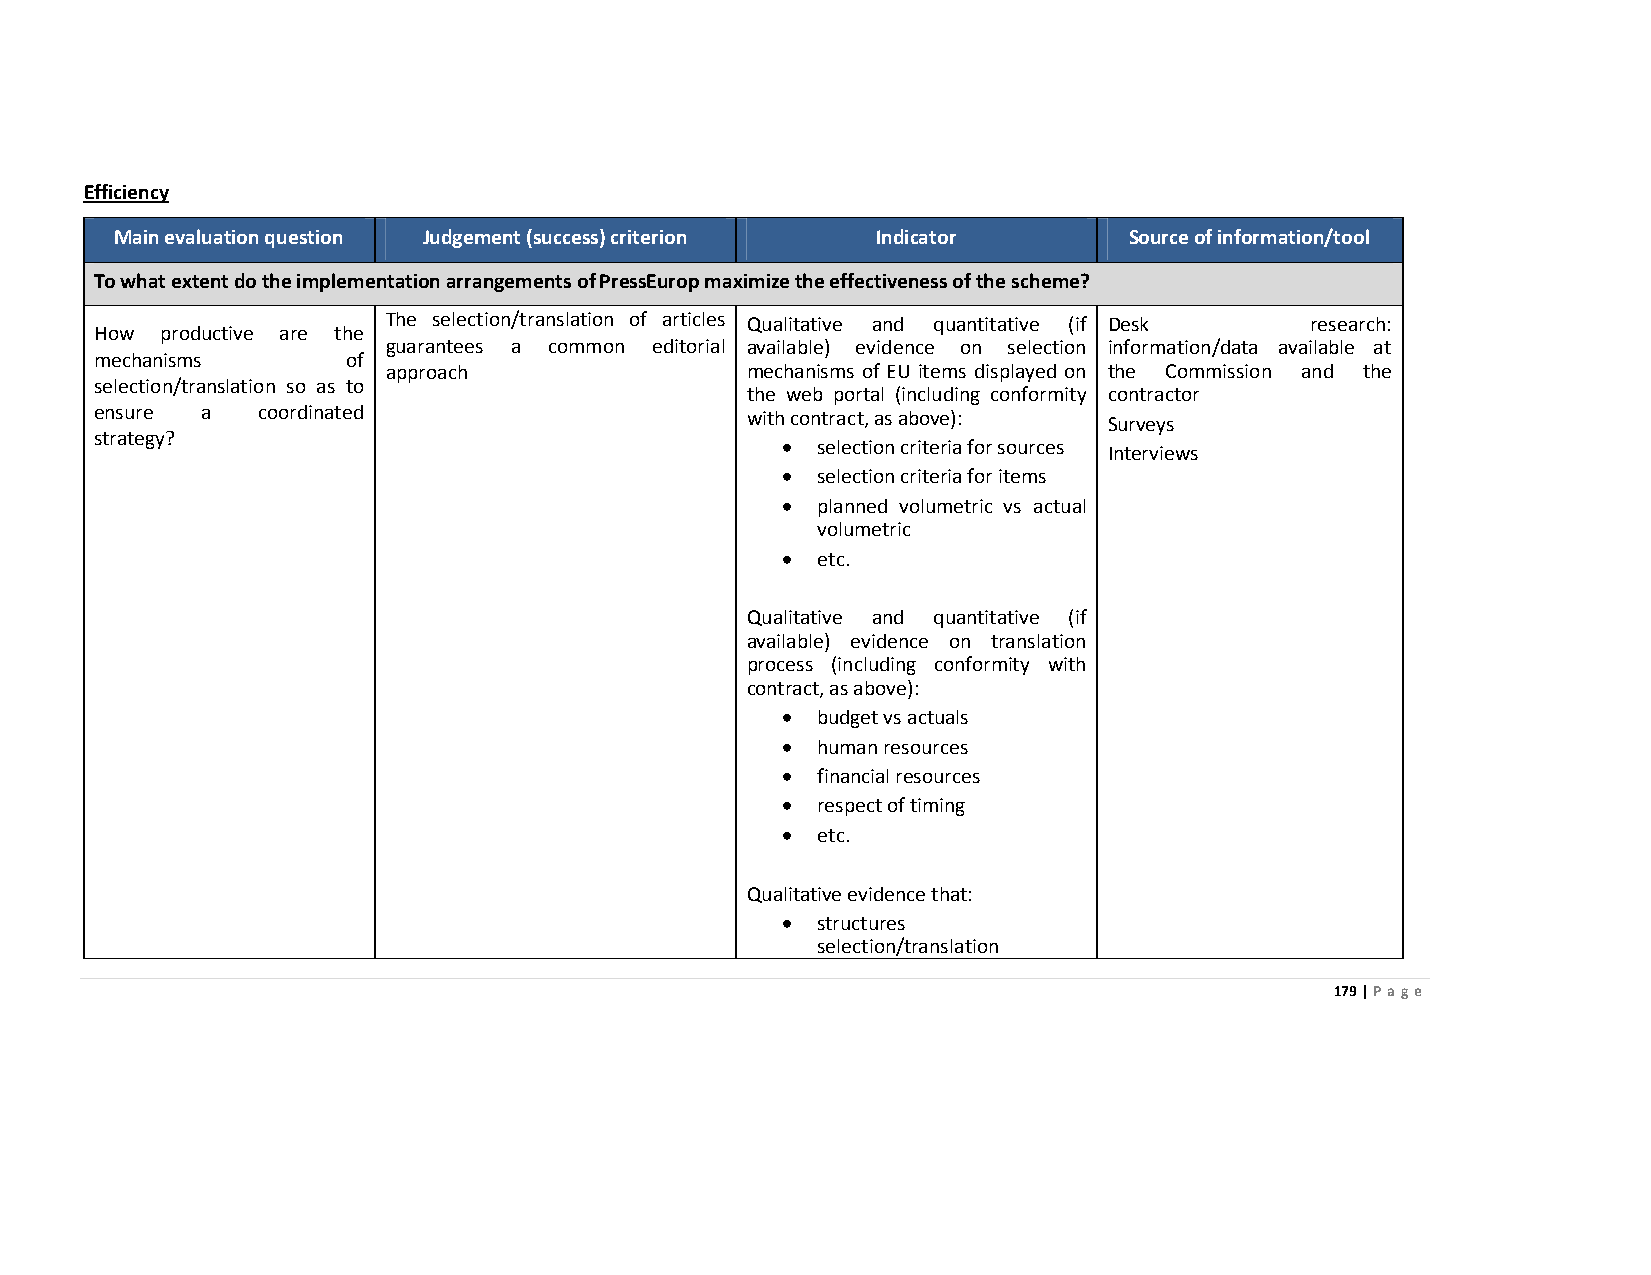
Efficiency
 Main evaluation question Judgement (success) criterion Indicator   Source of information/tool
 To what extent do the implementation arrangements of PressEurop maximize the effectiveness of the scheme?
 The selection/translation of articles Qualitative and quantitative (if Desk research:
 How  productive are the
 guarantees a common editorial available) evidence on selection information/data available at
 mechanisms       of
 approach               mechanisms of EU items displayed on the Commission and the
 selection/translation so as to
 the web portal (including conformity contractor
 ensure a   coordinated                     with contract, as above): Surveys
 strategy?                                     • selection criteria for sources Interviews
 • selection criteria for items
 • planned volumetric vs actual
 volumetric
 • etc.
 Qualitative and quantitative (if
 available) evidence on translation
 process (including conformity with
 contract, as above):
 • budget vs actuals
 • human resources
 • financial resources
 • respect of timing
 • etc.
 Qualitative evidence that:
 • structures
 selection/translation
 179 | Page